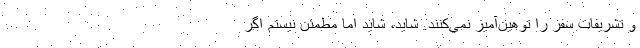
و تشريفات سفر را توهين‌آميز نمي‌كنند. شايد، شايد اما مطمئن نيستم اگر